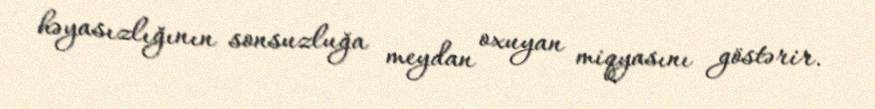
həyasızlığının sonsuzluğa meydan oxuyan miqyasını göstərir.